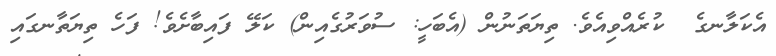
އެކަލާނގެ  ކުރެއްވިއެވެ. ތިޔަތަނުން (އެބަހީ: ސުވަރުގެއިން) ކަލޭ ފައިބާށެވެ! ފަހެ ތިޔަތާނގައި